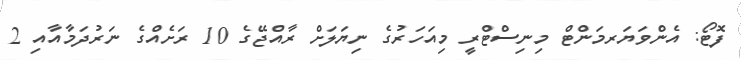
ފޮޓޯ: އެންވަޔަރމަންޓް މިނިސްޓްރީ މިއަހަރުގެ ނިޔަލަށް ރާއްޖޭގެ 10 ރަށެއްގެ ނަރުދަމާއާއި 2